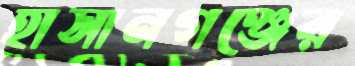
হাসানগঞ্জের